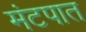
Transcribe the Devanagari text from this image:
मंटपात